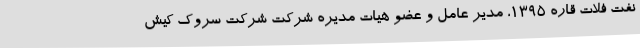
نفت فلات قاره ۱۳۹۵، مدیر عامل و عضو هیات مدیره شرکت شرکت سروک کیش